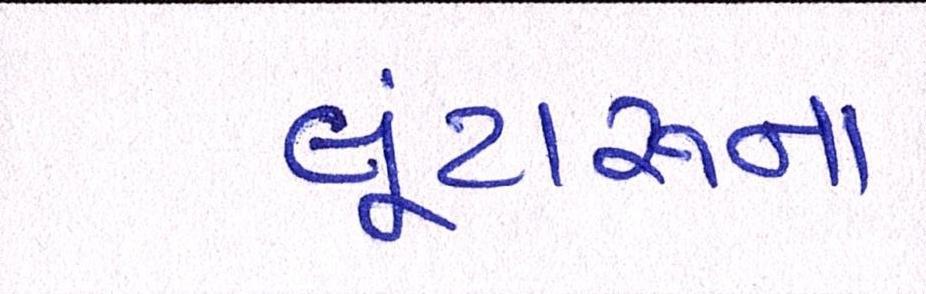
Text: લૂંટારુના